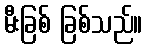
မီးခြစ် ခြစ်သည်။